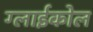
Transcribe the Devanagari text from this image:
ग्लाईकोल